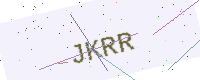
Text: JKRR